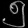
Digit: ၅